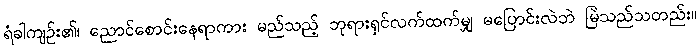
ရံခါကျဉ်း၏၊ ညောင်စောင်းနေရာကား မည်သည့် ဘုရားရှင်လက်ထက်မျှ မပြောင်းလဲဘဲ မြဲသည်သတည်း။